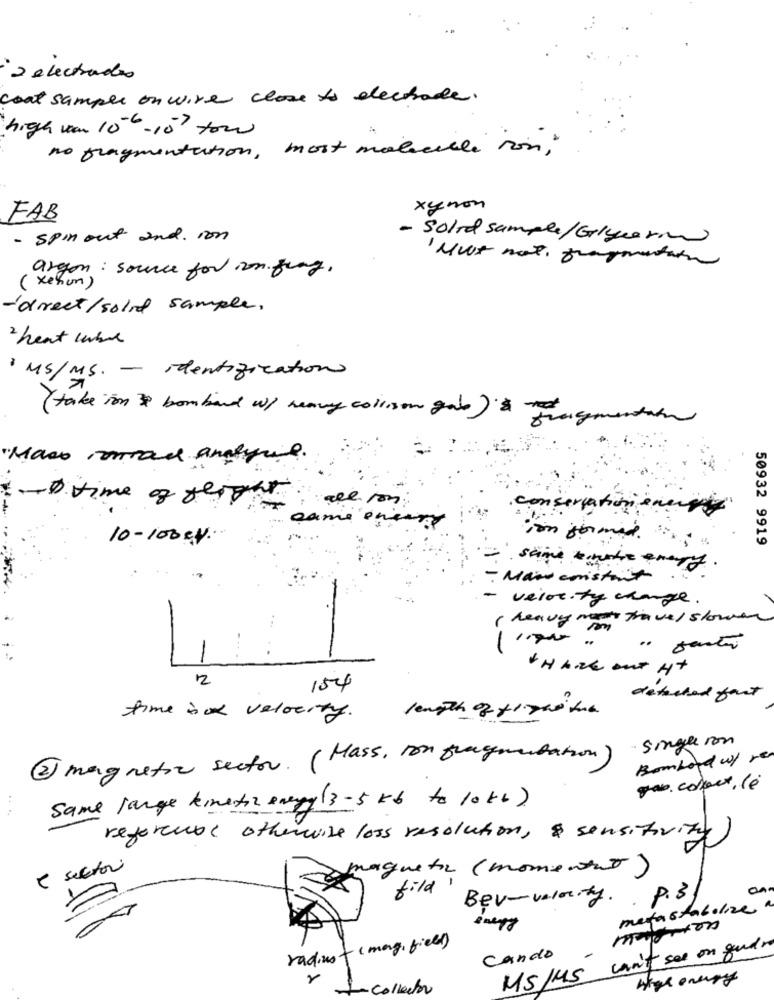
: 2 electrodos
coat sample on wire close to electrode.
high van 106- 15 tow
no fragmentation, most malecicli ion,
xynon
FAB
- spin out and. von
- Solid sample/Glycerin
' Must not, fragmenten
argon : source for von. frag.
(xenon)
-direct/solid sample,
2 heat cubre
· MS/ MS. - identification
( take ion 3 bomband w/ heavy collison gabe) segmentation
"Maso conrad analyse.
- time of geright
conservation ener
same encry
im formed ..
50932 9919
10-100xx.
stimme matic every
- Maid constant
-
velocity change .
( heavy methavel slower
1
+ H hide out Ht
2
154
detached fact
time isox velocity.
Single ron
2 magnetic sector. (Mass, ton fragmentation)
Bombord w/ re
gas. colour, lé
Same large kinetic energy (3-5 kb to 10kh)
referente otherwise loss resolution, & sensitivity)
( Sector
maqueta (momentat)
P.3
fild
Bev-velocity ..
megastabilize
radius- ( mag, field)
MS /MS can't see on gundr
Cando
High energy
1-collector